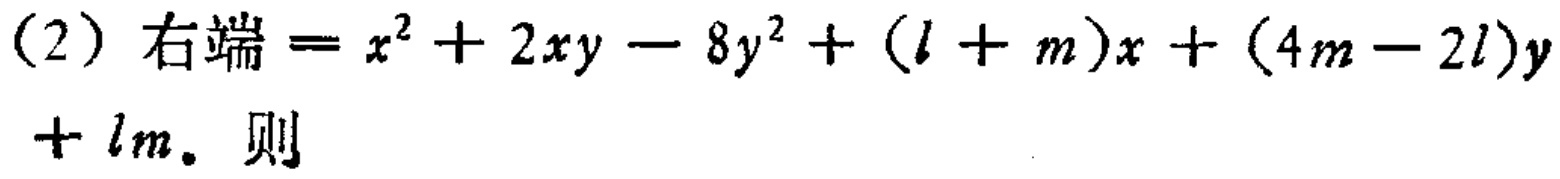
（2）右端=$x^{2}+2xy - 8y^{2}+(l + m)x+(4m - 2l)y+lm$。则